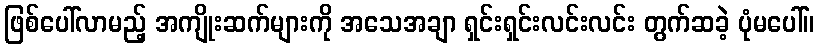
ဖြစ်ပေါ်လာမည့် အကျိုးဆက်များကို အသေအချာ ရှင်းရှင်းလင်းလင်း တွက်ဆခဲ့ ပုံမပေါ်။